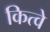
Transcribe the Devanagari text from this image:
कित्वे